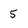
Character: 5